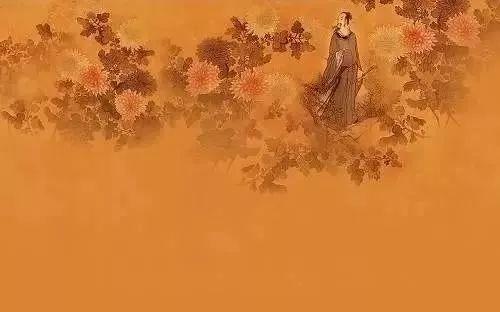
一年最好，偏是重阳。